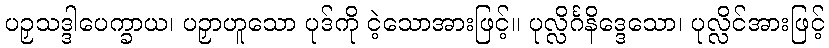
ပဉှသဒ္ဒါပေက္ခာယ၊ ပဉှာဟူသော ပုဒ်ကို ငဲ့သောအားဖြင့်။ ပုလ္လိင်္ဂနိဒ္ဒေသော၊ ပုလ္လိင်အားဖြင့်